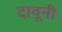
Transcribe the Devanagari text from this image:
दावूनी